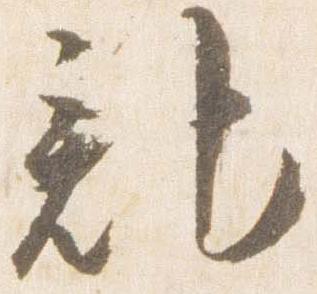
記